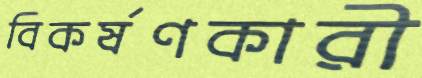
বিকর্ষণকারী